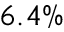
6 . 4 \%